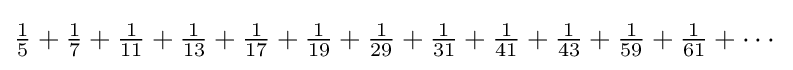
{\tfrac {1}{5}}+{\tfrac {1}{7}}+{\tfrac {1}{11}}+{\tfrac {1}{13}}+{\tfrac {1}{17}}+{\tfrac {1}{19}}+{\tfrac {1}{29}}+{\tfrac {1}{31}}+{\tfrac {1}{41}}+{\tfrac {1}{43}}+{\tfrac {1}{59}}+{\tfrac {1}{61}}+\cdots